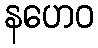
နဟေဝ